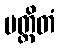
ပတ္ထိတံ